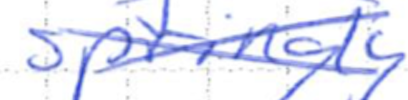
Text: springy
Cross-out: cross
Writing tool: ballpoint